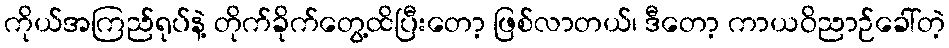
ကိုယ်အကြည်ရုပ်နဲ့ တိုက်ခိုက်တွေ့ထိပြီးတော့ ဖြစ်လာတယ်၊ ဒီတော့ ကာယဝိညာဉ်ခေါ်တဲ့